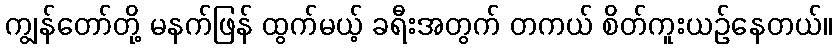
ကျွန်တော်တို့ မနက်ဖြန် ထွက်မယ့် ခရီးအတွက် တကယ် စိတ်ကူးယဉ်နေတယ်။